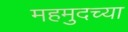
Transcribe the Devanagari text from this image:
महमुदच्या